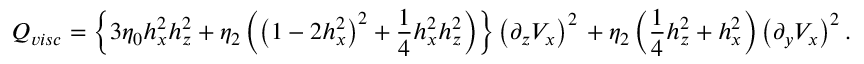
Q _ { v i s c } = \left\{ 3 \eta _ { 0 } h _ { x } ^ { 2 } h _ { z } ^ { 2 } + \eta _ { 2 } \left( \left( 1 - 2 h _ { x } ^ { 2 } \right) ^ { 2 } + \frac { 1 } { 4 } h _ { x } ^ { 2 } h _ { z } ^ { 2 } \right) \right\} \left( \partial _ { z } V _ { x } \right) ^ { 2 } \, + \eta _ { 2 } \left( \frac { 1 } { 4 } h _ { z } ^ { 2 } + h _ { x } ^ { 2 } \right) \left( \partial _ { y } V _ { x } \right) ^ { 2 } .